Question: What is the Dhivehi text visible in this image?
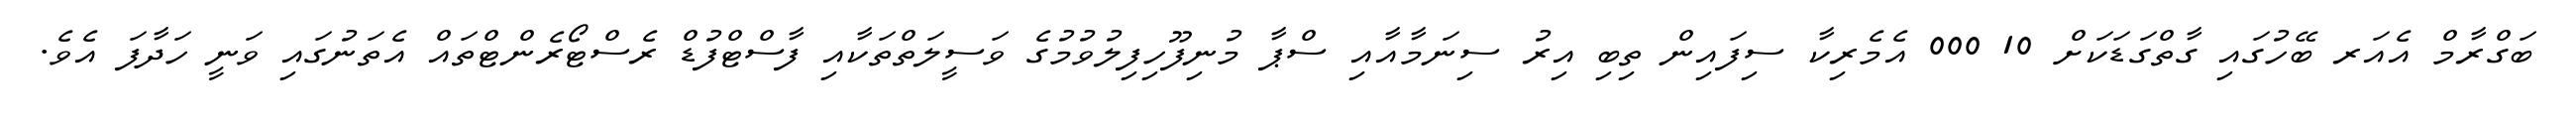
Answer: ބަގްރާމް އެއަރ ބޭހުގައި ގާތްގަޑަކަށް 10 000 އެމެރިކާ ސިފައިން ތިބި އިރު ސިނަމާއާއި ސްޕާ މުނިފޫހިފިލުވުމުގެ ވަސީލަތްތަކާއި ފާސްޓްފުޑް ރެސްޓޯރެންޓްތައް އެތަނުގައި ވަނީ ހަދާފަ އެވެ.